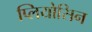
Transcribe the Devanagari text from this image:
प्लियोसिन